system: You are a helpful assistant.
user:
Analyze the provided spectrum to determine if it is a **S-type Star**.

- **Key Indicators for S-type Star:**

    - **(Overall Spectrum Shape):** The first and most obvious characteristic is the overall continuum (the "baseline" shape). It is **extremely "red-sloping,"** meaning the flux (light intensity) is very low on the left side (blue, ~4000-4500 Å) and rises steeply and continuously toward the right side (red, ~7000 Å+).

    - **(Primary):** The spectrum is defined by the presence of strong, broad molecular absorption "valleys" (bands) from **Zirconium Oxide (ZrO)**. The identification of these bands is the **primary requirement** for classifying a star as S-type.
        - **(Key Bandheads):** You must find distinct, deep "dips" where the light has been absorbed. The most critical band systems to locate are:
            - **~6474 Å** ($\gamma$-system): This is often the strongest and clearest ZrO feature, found in the red part of the spectrum.
            - **~5718 Å** & **~5551 Å** ($\beta$-system): A pair of prominent absorption features in the yellow-orange part of the spectrum.
            - **~4640 Å** ($\alpha$-system): A key absorption band system in the blue-green region of the spectrum.

    - **(Secondary Confirmation):** The classification is strengthened by finding additional absorption bands from other related heavy element oxides, which are expected to be present alongside ZrO.
        - **(Key Bandheads):**
            - **Yttrium Oxide (YO):** Look for absorption dips near **~4800 Å** and **~6100 Å**.
            - **Lanthanum Oxide (LaO):** Additional absorption features, particularly in the red-orange part of the spectrum, are also characteristic.

    - **(Line Profile):** The combination of the steep red continuum and these numerous, deep molecular bands (ZrO, YO, etc.) gives the entire spectrum a very **"chopped-up"** or **"bumpy"** appearance. Instead of a smooth curve, the spectrum looks as though large, wide chunks of light have been "carved out" of it at the specific wavelengths listed above.

Think first, call **spectral_visualization_tool** if needed to examine features in detail, then provide your final answer. Your response must adhere to the following strict rules:
1.  **Overall Structure:** Your response must follow the format `<think>...</think> <tool_call>...</tool_call> (if a tool is used) <answer>...</answer>`.
2.  **Tool Usage Constraint:** You may only make **one** tool call per turn.
3.  **Final Answer Format:** In the `<answer>` tag, your conclusion must be inside a `\boxed{}` command (e.g., `\boxed{YES}` or `\boxed{NO}`), followed by your justification.

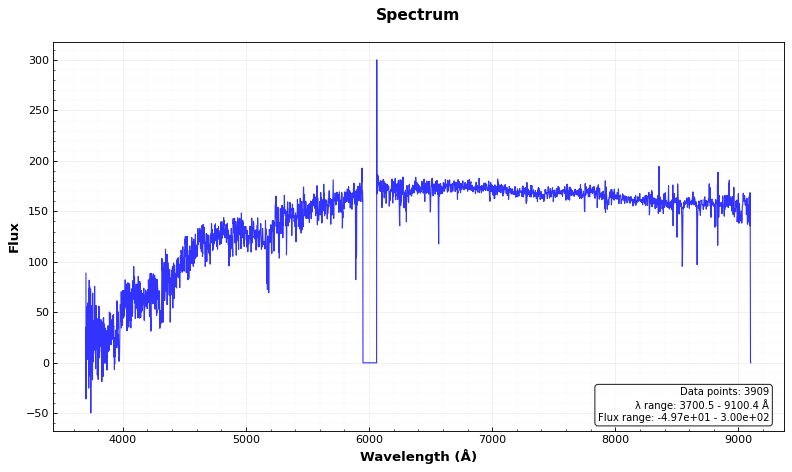
Answer: NO